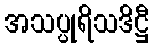
အသပ္ပုရိသဒိဋ္ဌီ